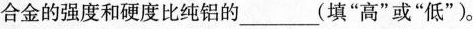
合金的强度和硬度比纯铝的___(填”高”或”低”)。